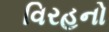
વિરહનો